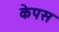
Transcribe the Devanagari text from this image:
केपस